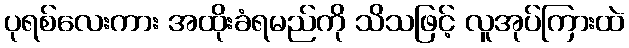
ပုရစ်လေးကား အထိုးခံရမည်ကို သိသဖြင့် လူအုပ်ကြားထဲ